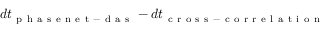
d t _ { \mathrm { ~ p ~ h ~ a ~ s ~ e ~ n ~ e ~ t ~ - ~ d ~ a ~ s ~ } } - d t _ { \mathrm { ~ c ~ r ~ o ~ s ~ s ~ - ~ c ~ o ~ r ~ r ~ e ~ l ~ a ~ t ~ i ~ o ~ n ~ } }